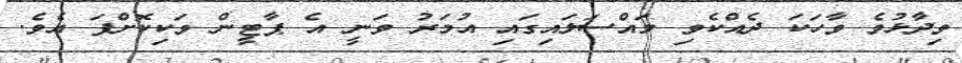
ވިދާޅުވެ ވާހަކަ ދެއްކެވި މައްސަލައިގައި އުމަރު ވަނީ އެ ޕާޓީން ވަކިކޮށްފަ އެވެ.